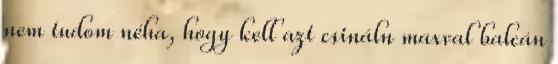
nem tudom néha, hogy kell azt csináln maxval balcán